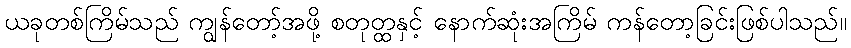
ယခုတစ်ကြိမ်သည် ကျွန်တော့်အဖို့ စတုတ္ထနှင့် နောက်ဆုံးအကြိမ် ကန်တော့ခြင်းဖြစ်ပါသည်။